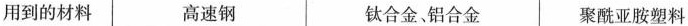
用到的材料 高速钢 钛合金、铝合金 聚酰亚胺塑料